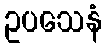
ဥပသေနံ